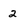
Character: 2